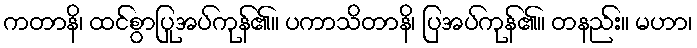
ကတာနိ၊ ထင်စွာပြုအပ်ကုန်၏။ ပကာသိတာနိ၊ ပြအပ်ကုန်၏။ တနည်း။ မဟာ၊